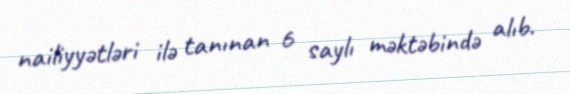
nailiyyətləri ilə tanınan 6 saylı məktəbində alıb.